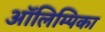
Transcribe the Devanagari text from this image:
ऑलिम्पिका